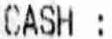
CASH :